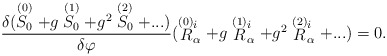
\begin{align*}{\delta(\stackrel{(0)}{S_0} + g \stackrel{(1)}{S_0} +g^2 \stackrel{(2)}{S_0} + ...)\over\delta\varphi}(\stackrel{\smash{(0)}}{R}^i_\alpha+ g \stackrel{\smash{(1)}}{R}^i_\alpha + g^2 \stackrel{\smash{(2)}}{R}^i_\alpha + ...)=0 .\end{align*}